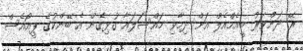
ރޭ ދަންވަރު ބީއެމްއެލް އަށް ދިމާވި މައްސަލައާ ގުޅިގެން އެ ބޭންކުގެ ޕީއޯއެސް